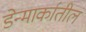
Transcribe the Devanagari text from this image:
डेन्मार्कातील